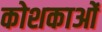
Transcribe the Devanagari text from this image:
कोशकाओं